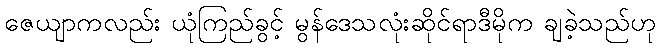
ဇေယျာကလည်း ယုံကြည်ခွင့် မွန်ဒေသလုံးဆိုင်ရာဒီမိုက ချခဲ့သည်ဟု